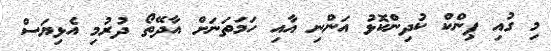
މި ގުއި ޕިންކް ކުދިންކޮޅު އަންނި އާއި ހަމަތަނަށް އާދޭތޯ ދުރުމި އެޅިޔަސް